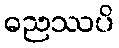
ဓညဿပိ